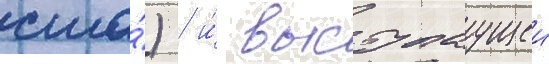
сша́) / и́ выступаущеи